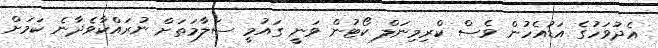
އެދުވަހުގެ އަޑުއެހުން ވެސް ކްރިމިނަލް ކޯޓުން ވަނީ ގައުމީ ސަލާމަތަށް ނުރައްކާވެދާނެ ކަމަށް